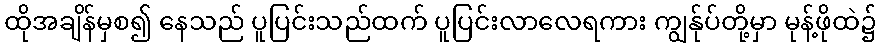
ထိုအချိန်မှစ၍ နေသည် ပူပြင်းသည်ထက် ပူပြင်းလာလေရကား ကျွန်ုပ်တို့မှာ မုန့်ဖိုထဲ၌